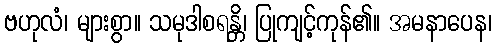
ဗဟုလံ၊ များစွာ။ သမုဒါစရန္တိ၊ ပြုကျင့်ကုန်၏။ အမနာပေန၊